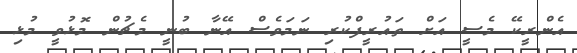
އެންރީކޭ މެސީ އަށް ތައުރީފްކުރި ނަމަވެސް އޭނާ ބުނީ މެޗުން މޮޅުވީ މުޅި